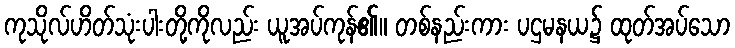
ကုသိုလ်ဟိတ်သုံးပါးတို့ကိုလည်း ယူအပ်ကုန်၏။ တစ်နည်းကား ပဌမနယ၌ ထုတ်အပ်သော